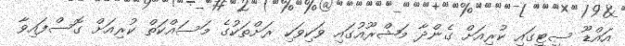
އައްޑޫ ސިޓީގައި ކުރިއަށް ގެންދާ މަޝްރޫއުގައި ވަކިވަކި ރަށްތަކުގެ މަސައްކަތް ކުރިއަށް ގޮސްފައިވާ